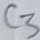
Text: C3